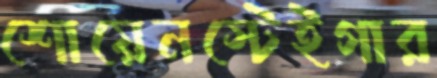
শোয়েনস্টেইগার